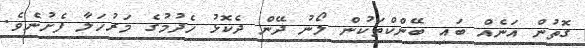
ގޮތުން އަނެއް ބައި ބޭންކްތަކުން ލޯނު ދޭން ދެކޮޅު ހެދުމުގެ މަރުހަލާ ފެށުނެވެ.